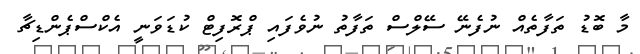
މާ ބޮޑު ތަފާތެއް ނުފެނޭ ސޭލްސް ތަފާތު ނުވެފައި ޕްރޮފިޓް ކުޑަވަނީ އެކްސްޕެންޑިޗާ